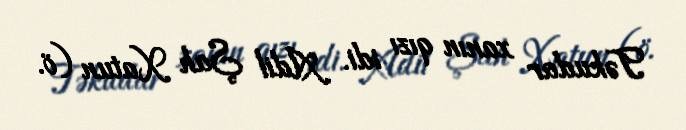
Təkudar xanın qızı idi. Adil Şah Xatun (ö.